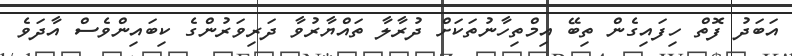
އަބަދު ފޮތް ހިފައިގެން ތިބޭ އިމްތިހާނުތަކަށް ދުރާލާ ތައްޔާރުވާ ދަރިވަރުންގެ ކިބައިންވެސް އާދަވެ